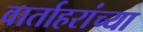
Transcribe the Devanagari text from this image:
वार्ताहरांच्या